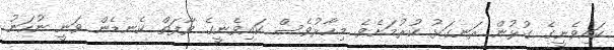
ކައިވެނީގެ ގުޅުން ރަނގަޅު ކުރުމަށެވެ. މިހާރުވެސް ކައިވެނީގެ ވާފަތް ކެނޑެން ވަނީ ނުހަނު